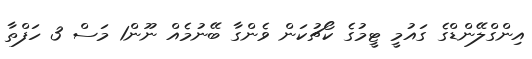
އިންގްލޭންޑްގެ ގައުމީ ޓީމުގެ ކޯޗުކަން ވެންގާ ބޭނުމެއް ނޫން1 މަސް 3 ހަފްތާ